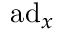
\mathrm { a d } _ { x }